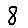
Digit: 8